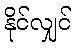
နိုင်လျှင်